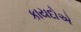
કાયદોએ